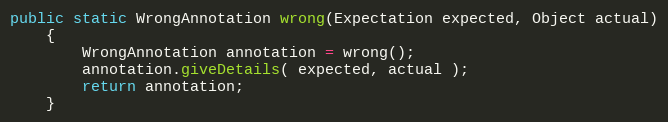
Language: Java
public static WrongAnnotation wrong(Expectation expected, Object actual)
    {
        WrongAnnotation annotation = wrong();
        annotation.giveDetails( expected, actual );
        return annotation;
    }